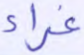
غراء